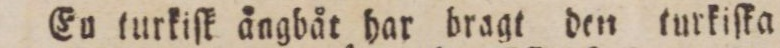
En turkiſk ångbåt har bragt den turkiſka